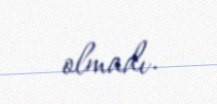
olmadı.